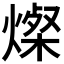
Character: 𬋁